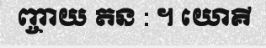
ញ្ចាយ តន : ។ យោគី